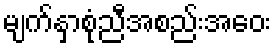
မျက်နှာစုံညီအစည်းအဝေး